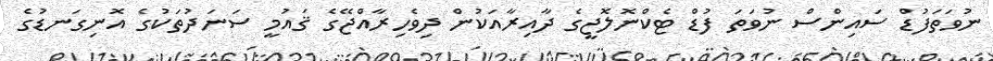
ނުވަތަފުޑް ސައިންސް ނުވަތަ ފުޑް ޓެކްނޮލޮޖީގެ ދާއިރާއަކުން ދިވެހިރާއްޖޭގެ ޤައުމީ ސަނަދުތަކުގެ އޮނިގަނޑުގެ